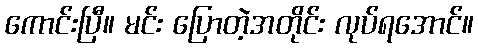
ကောင်းပြီ။ မင်း ပြောတဲ့အတိုင်း လုပ်ရအောင်။